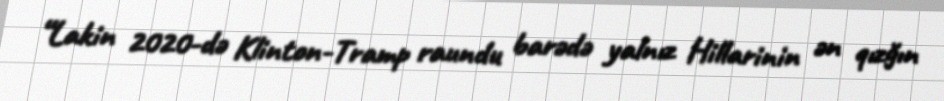
“Lakin 2020-də Klinton-Tramp raundu barədə yalnız Hillarinin ən qızğın